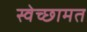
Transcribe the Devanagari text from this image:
स्वेच्छामत